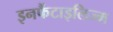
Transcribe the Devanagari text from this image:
इनफैंटाइलिज्म